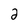
Character: 2